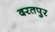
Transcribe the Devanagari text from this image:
दरतपुर